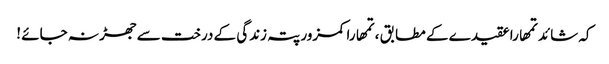
کہ شائد تمھارا عقیدے کے مطابق ، تمھارا کمزور پتہ زندگی کے درخت سے جھڑ نہ جائے !